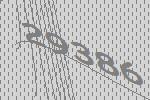
29386